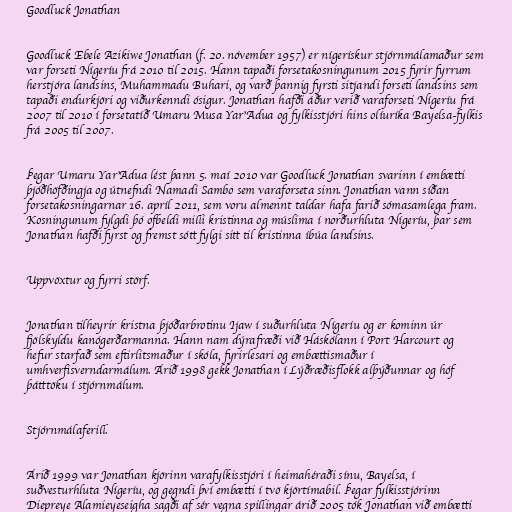
Goodluck Jonathan

Goodluck Ebele Azikiwe Jonathan (f. 20. nóvember 1957) er nígerískur stjórnmálamaður sem
var forseti Nígeríu frá 2010 til 2015. Hann tapaði forsetakosningunum 2015 fyrir fyrrum
herstjóra landsins, Muhammadu Buhari, og varð þannig fyrsti sitjandi forseti landsins sem
tapaði endurkjöri og viðurkenndi ósigur. Jonathan hafði áður verið varaforseti Nígeríu frá
2007 til 2010 í forsetatíð Umaru Musa Yar'Adua og fylkisstjóri hins olíuríka Bayelsa-fylkis
frá 2005 til 2007.

Þegar Umaru Yar'Adua lést þann 5. maí 2010 var Goodluck Jonathan svarinn í embætti
þjóðhöfðingja og útnefndi Namadi Sambo sem varaforseta sinn. Jonathan vann síðan
forsetakosningarnar 16. apríl 2011, sem voru almennt taldar hafa farið sómasamlega fram.
Kosningunum fylgdi þó ofbeldi milli kristinna og múslima í norðurhluta Nígeríu, þar sem
Jonathan hafði fyrst og fremst sótt fylgi sitt til kristinna íbúa landsins.

Uppvöxtur og fyrri störf.

Jonathan tilheyrir kristna þjóðarbrotinu Ijaw í suðurhluta Nígeríu og er kominn úr
fjölskyldu kanógerðarmanna. Hann nam dýrafræði við Háskólann í Port Harcourt og
hefur starfað sem eftirlitsmaður í skóla, fyrirlesari og embættismaður í
umhverfisverndarmálum. Árið 1998 gekk Jonathan í Lýðræðisflokk alþýðunnar og hóf
þátttöku í stjórnmálum.

Stjórnmálaferill.

Árið 1999 var Jonathan kjörinn varafylkisstjóri í heimahéraði sínu, Bayelsa, í
suðvesturhluta Nígeríu, og gegndi því embætti í tvö kjörtímabil. Þegar fylkisstjórinn
Diepreye Alamieyeseigha sagði af sér vegna spillingar árið 2005 tók Jonathan við embætti